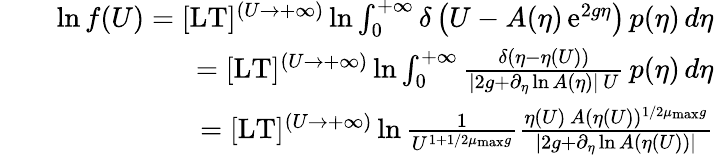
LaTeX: \begin{array}{rlr}&{}&{\ln f(U)=\lbrack\mathrm{LT}\rbrack^{(U\to+\infty)}\ln\int_{0}^{+\infty}\delta\left(U-A(\eta)\, \mathrm{e}^{2g\eta}\right)\, p(\eta)\, d\eta}\\ &{}&{=\lbrack\mathrm{LT}\rbrack^{(U\to+\infty)}\ln\int_{0}^{+\infty}\frac{\delta\left(\eta-\eta(U)\right)}{\vert 2g+\partial_{\eta}\ln A(\eta)\vert\, U}\, p(\eta)\, d\eta}\\ &{}&{=\lbrack\mathrm{LT}\rbrack^{(U\to+\infty)}\ln\frac{1}{U^{1+1/2\mu_{\mathrm{max}}g}}\frac{\eta(U)\, A(\eta(U))^{1/2\mu_{\mathrm{max}}g}}{\vert 2g+\partial_{\eta}\ln A(\eta(U))\vert}}\end{array}